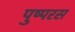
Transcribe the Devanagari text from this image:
पुष्परस